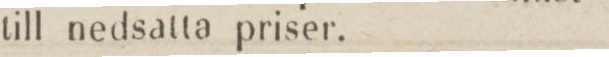
till nedsatta priser.